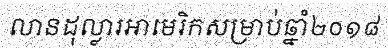
លានដុល្លារអាមេរិកសម្រាប់ឆ្នាំ២០១៨